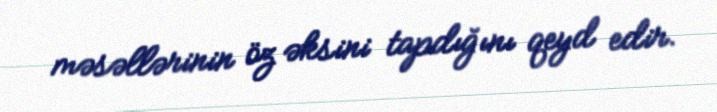
məsəllərinin öz əksini tapdığını qeyd edir.